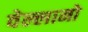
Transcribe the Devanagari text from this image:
वेल्लानो